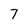
Character: 7